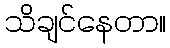
သိချင်နေတာ။